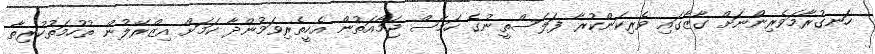
ހަނގުރާމަވެރިންނަށް ގާޒާގައި ވެރިކަންކުރާ ފަލަސްތީނުގެ ހަމާސް ޖަމާއަތުން އެހީތެރިވަމުންދާ ކަމަށް އިޒްރޭލުން ތުހުމަތުކުރިތާ